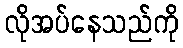
လိုအပ်နေသည်ကို